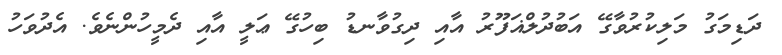
ދަޑިމަގު މަލިކުރުވާގޭ އަބުދުލްޣަފޫރު އާއި ދިގުވާނޑު ބިހުގޭ ޢަލީ އާއި ދެމީހުންނެވެ. އެދުވަހު